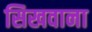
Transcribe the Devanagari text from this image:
सिखवाना